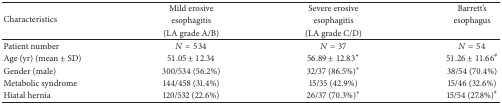
| <ROWSPAN=3> Characteristics | Mild erosive | Severe erosive | Barrett's |
 | esophagitis | esophagitis | esophagus |
 | (LA grade A/B) | (LA grade C/D) |  |
 | --- | --- | --- | --- |
 | Patient number | N = 534 | N = 37 | N = 54 |
 | Age (yr) (mean ± SD) | 51.05 ± 12.34 | 56.89 ± 12.83* | 51.26 ± 11.66# |
 | Gender (male) | 300/534 (56.2%) | 32/37 (86.5%)* | 38/54 (70.4%) |
 | Metabolic syndrome | 144/458 (31.4%) | 15/35 (42.9%) | 15/46 (32.6%) |
 | Hiatal hernia | 120/532 (22.6%) | 26/37 (70.3%)* | 15/54 (27.8%)# |